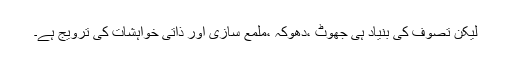
لیکن تصوف کی بنیاد ہی جھوٹ ،دھوکہ ،ملمع سازی اور ذاتی خواہشات کی ترویج ہے۔